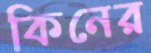
কিনের